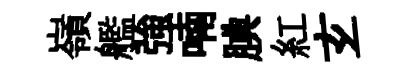
嶺艦強喃腆紅𤣥